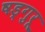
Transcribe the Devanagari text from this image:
षड्गुरू